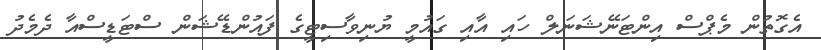
އެގޮތުން މެޕްސް އިންޓަނޭޝަނަލް ހައި އާއި ގައުމީ ޔުނިވާސިޓީގެ ފައުންޑޭޝަން ސްޓަޑީސްއާ ދެމެދު